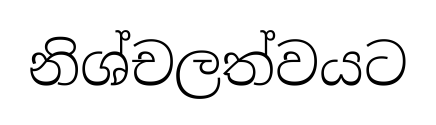
නිශ්චලත්වයට